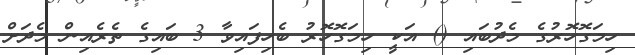
ހިމަގޮހޮރުގެ މެދުބައި () އަކީ ހިމަގޮހޮރު ބެހިފައިވާ 3 ބައިގެ ތެރެއިން މެދަށް